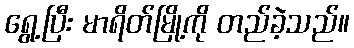
ရွေ့ပြီး မာရိတ်မြို့ကို တည်ခဲ့သည်။